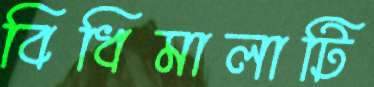
বিধিমালাটি